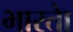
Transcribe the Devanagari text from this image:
भारताे